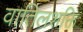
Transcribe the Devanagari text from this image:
वातिलशक्ति